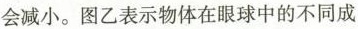
会减小。图乙表示物体在眼球中的不同成